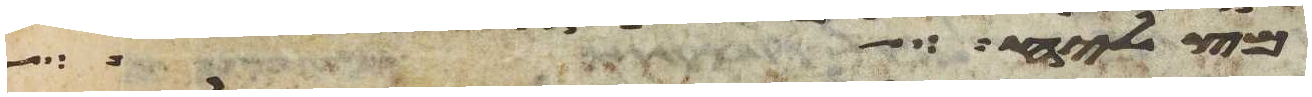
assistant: תצליח אל